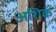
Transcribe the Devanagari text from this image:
अशिक